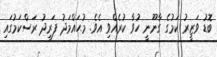
ބޮޑު ވަޒީރު ކަމުގެ ގާނޫނީ ހުވާ ކުރެއްވި އެވެ. މުޙައްމަދު ފަރީދު ރަސްކަމުގައި